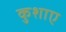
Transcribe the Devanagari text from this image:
कुशाए